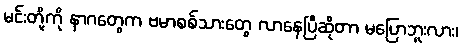
မင်းတို့ကို နာဂတွေက ဗမာစစ်သားတွေ လာနေပြီဆိုတာ မပြောဘူးလား၊